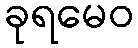
ခုရမေဝ